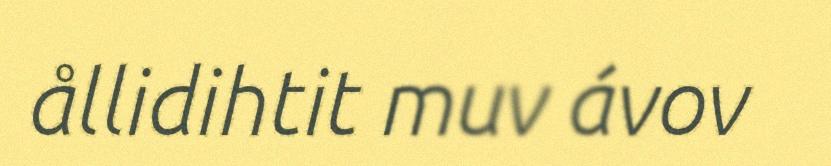
ållidihtit muv ávov